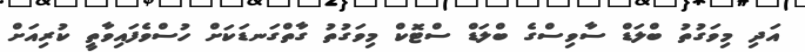
އަދި މިވަގުތު ބްލަޑް ސާވިސްގެ ބްލަޑް ސްޓޮކް މިވަގުތު ގާތްގަނޑަކަށް ހުސްވެފައިވާތީ ކުރިއަށް